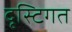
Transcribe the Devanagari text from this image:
दृस्टिगत